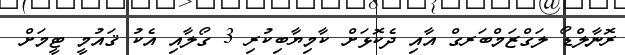
ރޮނާލްޑޯ ލަގްޒަމްބަރގް އާއި ދެކޮޅަށް ކާމިޔާބިކުރި 3 ގޯލާއި އެކު ޤައުމީ ޓީމަށް